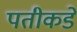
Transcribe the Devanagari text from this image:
पतीकडे